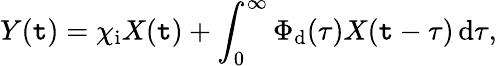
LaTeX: Y(\mathtt{t})=\chi_{\mathrm{{i}}}X(\mathtt{t})+\int_{0}^{\infty}\Phi_{\mathrm{{d}}}(\tau)X(\mathtt{t}-\tau)\, \mathrm{{d}}\tau,